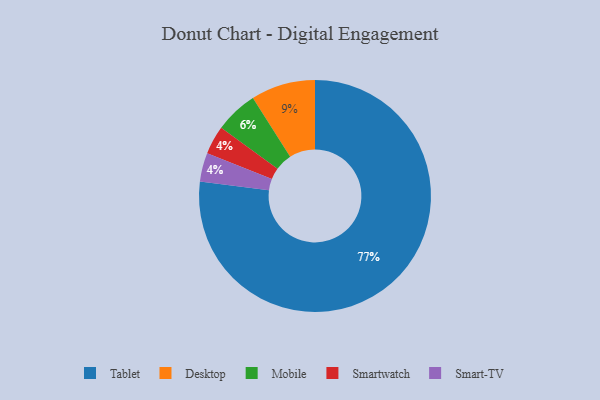
{"axis": {"x": "Category", "y": "Percentage"}, "legend": ["Desktop", "Mobile", "Smart-TV", "Smartwatch", "Tablet"], "data": [{"x": "Smartwatch", "y": 4, "type": "Smartwatch"}, {"x": "Desktop", "y": 9, "type": "Desktop"}, {"x": "Tablet", "y": 77, "type": "Tablet"}, {"x": "Mobile", "y": 6, "type": "Mobile"}, {"x": "Smart-TV", "y": 4, "type": "Smart-TV"}]}